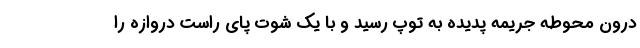
درون محوطه جریمه پدیده به توپ رسید و با یک شوت پای راست دروازه را